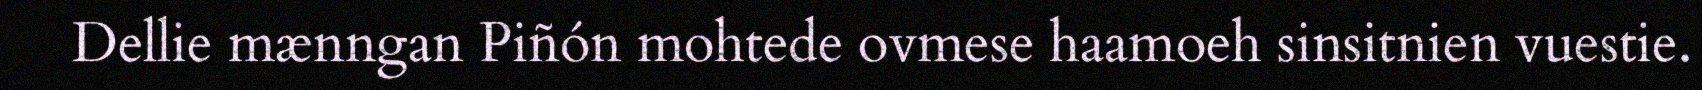
Dellie mænngan Piñón mohtede ovmese haamoeh sinsitnien vuestie.